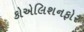
કોએલિશનફોર